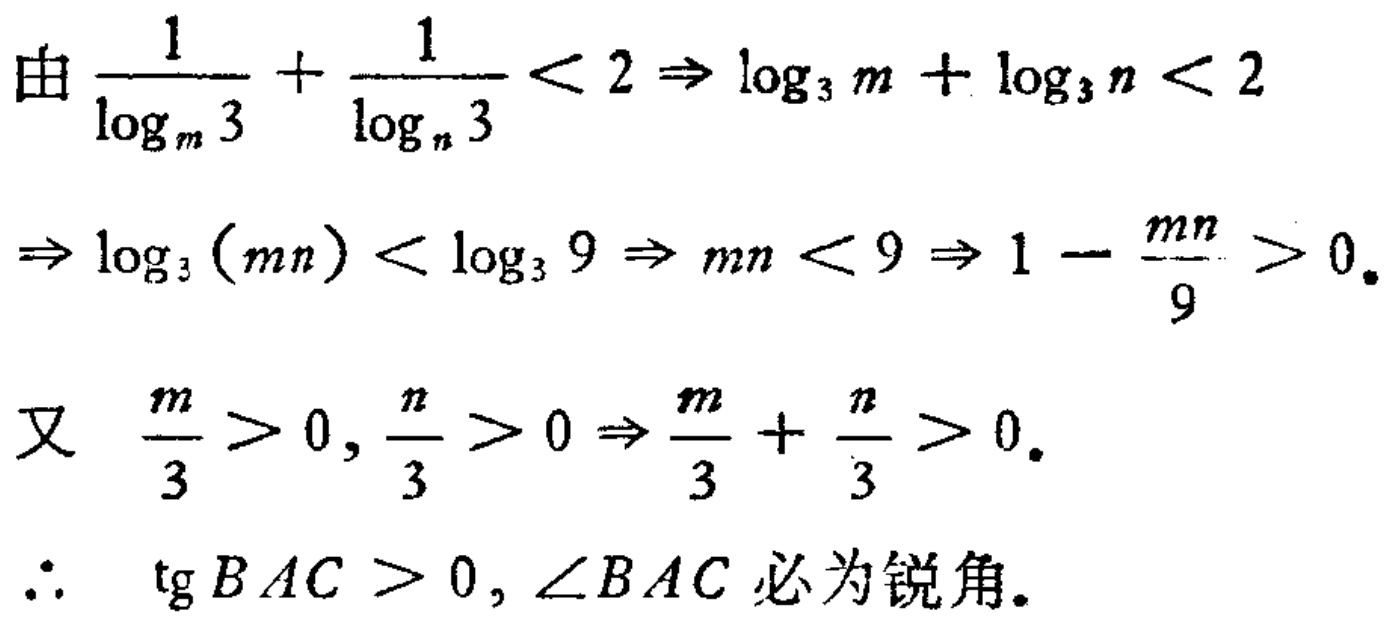
由\(\frac{1}{\log_{m}3}+\frac{1}{\log_{n}3}<2\Rightarrow \log_{3}m+\log_{3}n<2\)

\(\Rightarrow \log_{3}(mn)<\log_{3}9\Rightarrow mn < 9\Rightarrow 1-\frac{mn}{9}>0\)。

又 \(\frac{m}{3}>0, \frac{n}{3}>0\Rightarrow \frac{m}{3}+\frac{n}{3}>0\)。

\(\therefore\) \( \text{tg}BAC>0, \angle BAC\) 必为锐角。